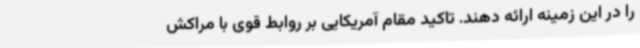
را در این زمینه ارائه دهند. تاکید مقام آمریکایی بر روابط قوی با مراکش